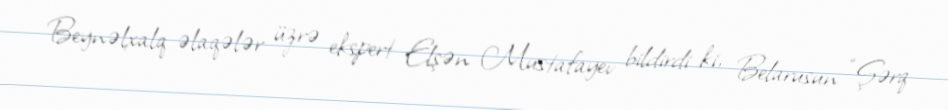
Beynəlxalq əlaqələr üzrə ekspert Elşən Mustafayev bildirdi ki, Belarusun “Şərq